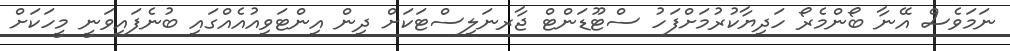
ނަމަވެސް އޭނާ ބޯންމެރޯ ހަދިޔާކުރުމަށްފަހު ސްޓޫޑަންޓް ޖާރނަލިސްޓަކަށް ދިން އިންޓަވިއުއެއްގައި ބުނެފައިވަނީ މީހަކަށް